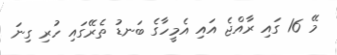
މޭ 16 ގައި ރާއްޖެ އައި އެމީހާގެ ބަނޑު ތެރޭގައި ހުރި ގިނަ